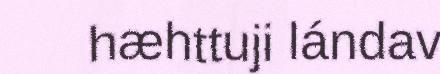
hæhttuji lándav